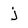
Character: j